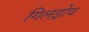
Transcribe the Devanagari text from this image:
गिलड्रोय